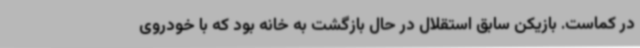
در کماست. بازیکن سابق استقلال در حال بازگشت به خانه بود که با خودروی